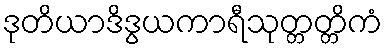
ဒုတိယာဒိဒွယကာရီသုတ္တတ္တိကံ